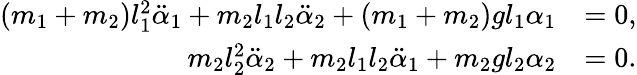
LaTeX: \begin{array}{rl}{(m_{1}+m_{2})l_{1}^{2}\ddot{\alpha}_{1}+m_{2}l_{1}l_{2}\ddot{\alpha}_{2}+(m_{1}+m_{2})gl_{1}\alpha_{1}}&{=0,}\\ {m_{2}l_{2}^{2}\ddot{\alpha}_{2}+m_{2}l_{1}l_{2}\ddot{\alpha}_{1}+m_{2}gl_{2}\alpha_{2}}&{=0.}\end{array}